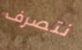
نتصرف